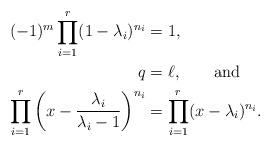
LaTeX: \begin{align*} (-1)^m \prod\limits_{i=1}^r (1 - \lambda_i)^{n_i} &= 1, \\ q &= \ell, \quad\quad\mbox{and}\\ \prod\limits_{i=1}^r \left( x - \frac{\lambda_i}{\lambda_i - 1}\right)^{n_i} &= \prod\limits_{i=1}^r (x - \lambda_i)^{n_i}.\end{align*}